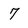
Character: 7